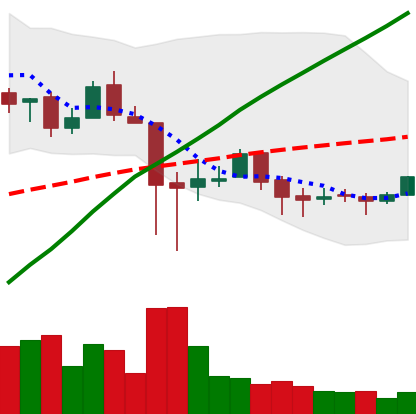
Ticker: LTC-USD
Chart end date: 2018-01-28
Forward return: -32.232%
Label: down_7plus